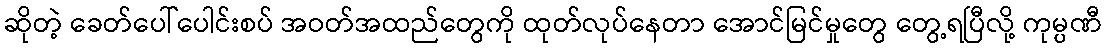
ဆိုတဲ့ ခေတ်ပေါ်ပေါင်းစပ် အဝတ်အထည်တွေကို ထုတ်လုပ်နေတာ အောင်မြင်မှုတွေ တွေ့ရပြီလို့ ကုမ္ပဏီ